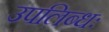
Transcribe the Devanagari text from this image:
उपलिब्धः